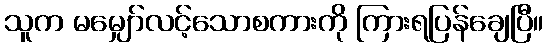
သူက မမျှော်လင့်သောစကားကို ကြားရပြန်ချေပြီ။